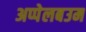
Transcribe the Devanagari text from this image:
अप्पेलबउम